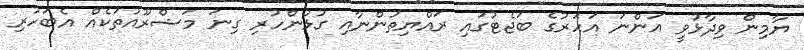
ޔާމިން ވިދާޅުވީ އަންނަ އަހަރުގެ ބަޖެޓުގައި ރައްޔިތުންނާއި ގުޅުންހުރި ގިނަ މަޝްރޫއުތަކެއް އެބަހުރި